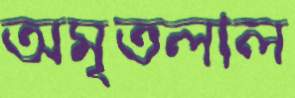
অমৃতলাল